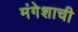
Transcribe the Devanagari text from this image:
मंगेशाची